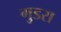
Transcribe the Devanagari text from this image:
गुडरा